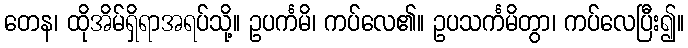
တေန၊ ထိုအိမ်ရှိရာအရပ်သို့။ ဥပင်္ကမိ၊ ကပ်လေ၏။ ဥပသင်္ကမိတွာ၊ ကပ်လေပြီး၍။